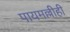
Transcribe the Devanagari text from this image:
पायमल्लीही